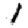
Digit: 1